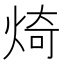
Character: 𪸴